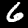
Digit: 6